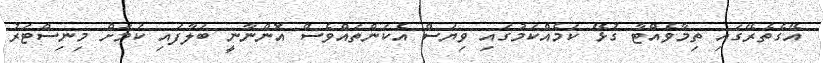
އޭގެތެރޭގައި ތިމާވެއްޓާ ގުޅޭ ކަމެއްކަމުގައި ވިޔަސް އެކަންތައްވެސް އޮންނާނީ ބަލާފައި ކަމަށް މިނިސްޓަރު